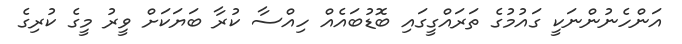
އަންހެނުންނަކީ ގައުމުގެ ތަރައްގީގައި ބޮޑުބައެއް ހިއްސާ ކުރާ ބަޔަކަށް ވީރު މީގެ ކުރިގެ